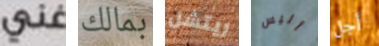
غني بمالك ريتشل أليس أجل